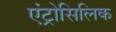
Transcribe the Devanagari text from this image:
एंट्रोसिलिक